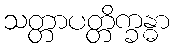
သတ္တာပတ္တိက္ခန္ဓာ